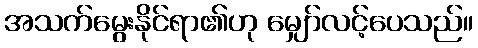
အသက်မွေးနိုင်ရာ၏ဟု မျှော်လင့်ပေသည်။